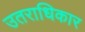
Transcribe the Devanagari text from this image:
उतराधिकार